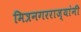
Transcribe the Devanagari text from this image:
मित्रनगरराज्यांनी